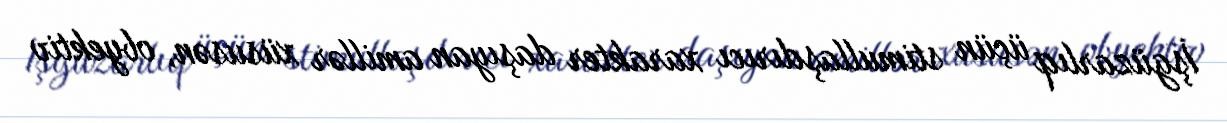
İşgüzarlıq üçün stimullaşdırıcı xarakter daşıyan amillər xüsusən, obyektiv